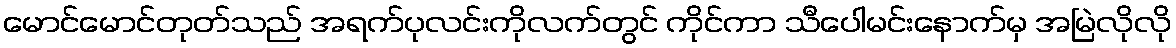
မောင်မောင်တုတ်သည် အရက်ပုလင်းကိုလက်တွင် ကိုင်ကာ သီပေါမင်းနောက်မှ အမြဲလိုလို